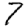
Digit: 7